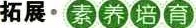
拓展·素养培育